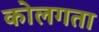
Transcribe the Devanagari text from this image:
कोलगता